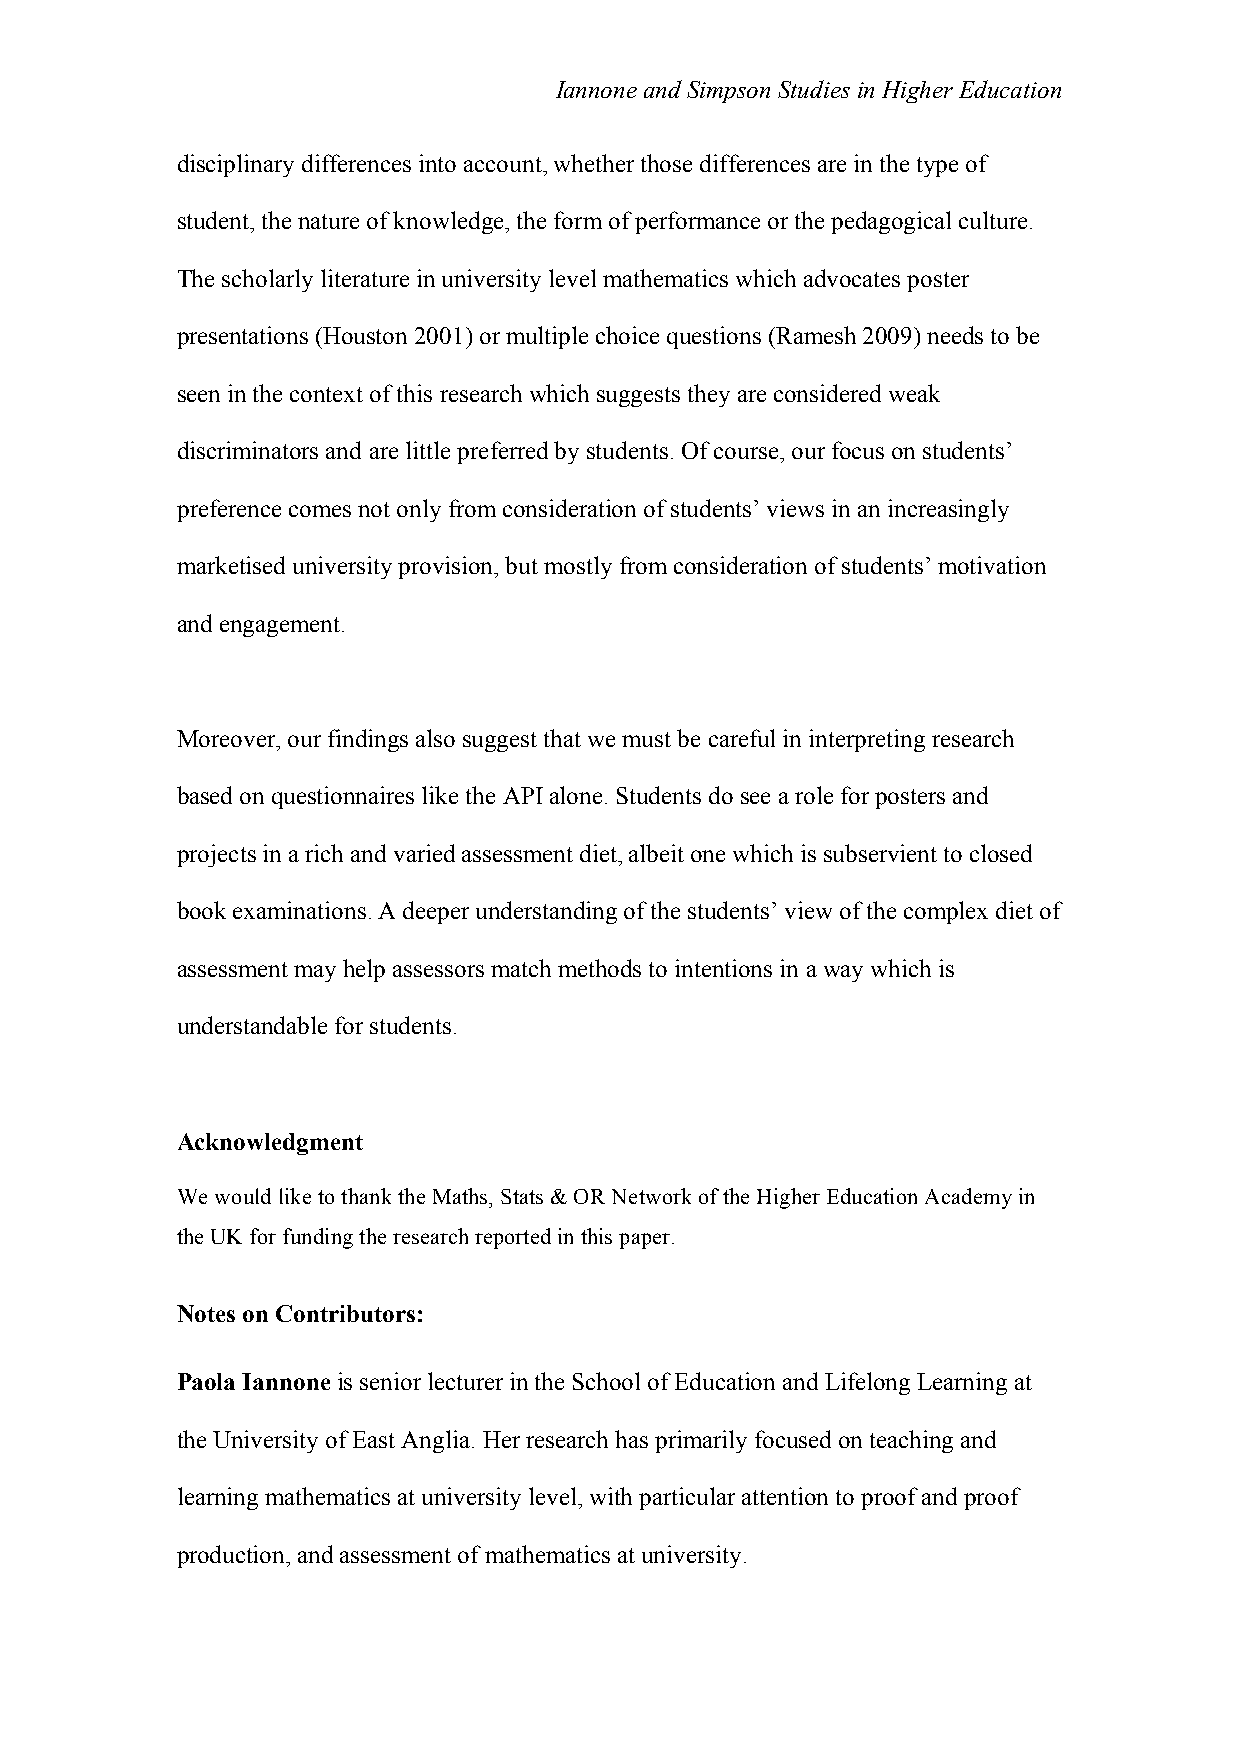
Iannone and Simpson Studies in Higher Education
 disciplinary differences into account, whether those differences are in the type of
 student, the nature of knowledge, the form of performance or the pedagogical culture.
 The scholarly literature in university level mathematics which advocates poster
 presentations (Houston 2001) or multiple choice questions (Ramesh 2009) needs to be
 seen in the context of this research which suggests they are considered weak
 discriminators and are little preferred by students. Of course, our focus on students’
 preference comes not only from consideration of students’ views in an increasingly
 marketised university provision, but mostly from consideration of students’ motivation
 and engagement.
 Moreover, our findings also suggest that we must be careful in interpreting research
 based on questionnaires like the API alone. Students do see a role for posters and
 projects in a rich and varied assessment diet, albeit one which is subservient to closed
 book examinations. A deeper understanding of the students’ view of the complex diet of
 assessment may help assessors match methods to intentions in a way which is
 understandable for students.
 Acknowledgment
 We would like to thank the Maths, Stats & OR Network of the Higher Education Academy in
 the UK for funding the research reported in this paper.
 Notes on Contributors:
 Paola Iannone is senior lecturer in the School of Education and Lifelong Learning at
 the University of East Anglia. Her research has primarily focused on teaching and
 learning mathematics at university level, with particular attention to proof and proof
 production, and assessment of mathematics at university.